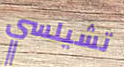
تشيلسي